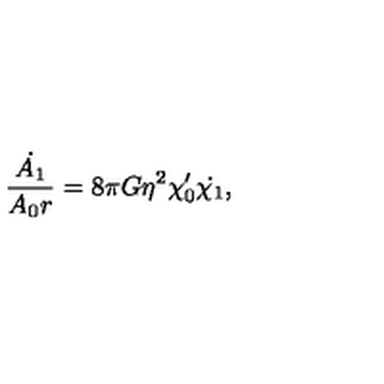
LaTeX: { \frac { \dot { A _ { 1 } } } { A _ { 0 } r } } = 8 \pi G \eta ^ { 2 } \chi _ { 0 } ^ { \prime } \dot { \chi _ { 1 } } ,